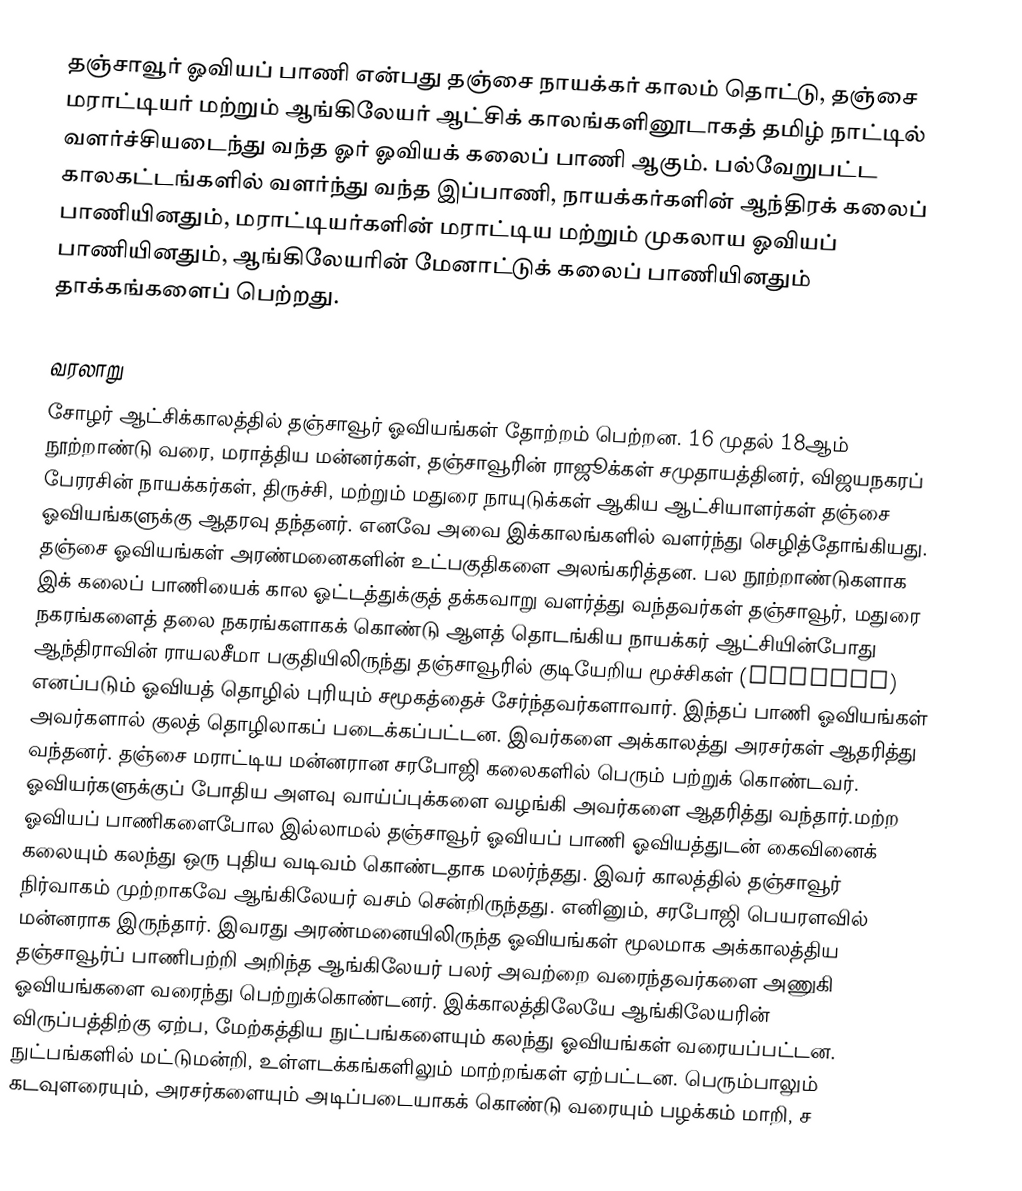
தஞ்சாவூர் ஓவியப் பாணி என்பது தஞ்சை நாயக்கர் காலம் தொட்டு, தஞ்சை மராட்டியர் மற்றும் ஆங்கிலேயர் ஆட்சிக் காலங்களினூடாகத் தமிழ் நாட்டில் வளர்ச்சியடைந்து வந்த ஓர் ஓவியக் கலைப் பாணி ஆகும். பல்வேறுபட்ட காலகட்டங்களில் வளர்ந்து வந்த இப்பாணி, நாயக்கர்களின் ஆந்திரக் கலைப் பாணியினதும், மராட்டியர்களின் மராட்டிய மற்றும் முகலாய ஓவியப் பாணியினதும், ஆங்கிலேயரின் மேனாட்டுக் கலைப் பாணியினதும் தாக்கங்களைப் பெற்றது.

வரலாறு
சோழர் ஆட்சிக்காலத்தில் தஞ்சாவூர் ஓவியங்கள் தோற்றம் பெற்றன. 16 முதல் 18ஆம் நூற்றாண்டு வரை, மராத்திய மன்னர்கள், தஞ்சாவூரின் ராஜூக்கள் சமுதாயத்தினர், விஜயநகரப் பேரரசின் நாயக்கர்கள், திருச்சி, மற்றும் மதுரை நாயுடுக்கள் ஆகிய ஆட்சியாளர்கள் தஞ்சை ஓவியங்களுக்கு ஆதரவு தந்தனர். எனவே அவை இக்காலங்களில் வளர்ந்து செழித்தோங்கியது. தஞ்சை ஓவியங்கள் அரண்மனைகளின் உட்பகுதிகளை அலங்கரித்தன. பல நூற்றாண்டுகளாக இக் கலைப் பாணியைக் கால ஓட்டத்துக்குத் தக்கவாறு வளர்த்து வந்தவர்கள் தஞ்சாவூர், மதுரை நகரங்களைத் தலை நகரங்களாகக் கொண்டு ஆளத் தொடங்கிய நாயக்கர் ஆட்சியின்போது ஆந்திராவின் ராயலசீமா பகுதியிலிருந்து தஞ்சாவூரில் குடியேறிய மூச்சிகள் (moochys) எனப்படும் ஓவியத் தொழில் புரியும் சமூகத்தைச் சேர்ந்தவர்களாவார். இந்தப் பாணி ஓவியங்கள் அவர்களால் குலத் தொழிலாகப் படைக்கப்பட்டன. இவர்களை அக்காலத்து அரசர்கள் ஆதரித்து வந்தனர். தஞ்சை மராட்டிய மன்னரான சரபோஜி கலைகளில் பெரும் பற்றுக் கொண்டவர். ஓவியர்களுக்குப் போதிய அளவு வாய்ப்புக்களை வழங்கி அவர்களை ஆதரித்து வந்தார்.மற்ற ஓவியப் பாணிகளைபோல இல்லாமல் தஞ்சாவூர் ஓவியப் பாணி ஓவியத்துடன் கைவினைக் கலையும் கலந்து ஒரு புதிய வடிவம் கொண்டதாக மலர்ந்தது. இவர் காலத்தில் தஞ்சாவூர் நிர்வாகம் முற்றாகவே ஆங்கிலேயர் வசம் சென்றிருந்தது. எனினும், சரபோஜி பெயரளவில் மன்னராக இருந்தார். இவரது அரண்மனையிலிருந்த ஓவியங்கள் மூலமாக அக்காலத்திய தஞ்சாவூர்ப் பாணிபற்றி அறிந்த ஆங்கிலேயர் பலர் அவற்றை வரைந்தவர்களை அணுகி ஓவியங்களை வரைந்து பெற்றுக்கொண்டனர். இக்காலத்திலேயே ஆங்கிலேயரின் விருப்பத்திற்கு ஏற்ப, மேற்கத்திய நுட்பங்களையும் கலந்து ஓவியங்கள் வரையப்பட்டன. நுட்பங்களில் மட்டுமன்றி, உள்ளடக்கங்களிலும் மாற்றங்கள் ஏற்பட்டன. பெரும்பாலும் கடவுளரையும், அரசர்களையும் அடிப்படையாகக் கொண்டு வரையும் பழக்கம் மாறி, ச